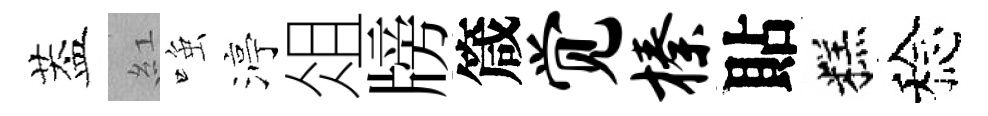
葢紅𫪻渟俎牓箴觉榛貼糕稔